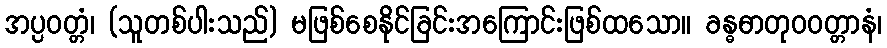
အပ္ပဝတ္တံ၊ (သူတစ်ပါးသည်) မဖြစ်စေနိုင်ခြင်းအကြောင်းဖြစ်ထသော။ ခန္ဓဓာတုဝဝတ္တာနံ၊